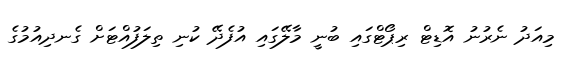
މިއަދު ނެރުނު އޮޑިޓް ރިޕޯޓްގައި ބުނީ މާލޭގައި އުފެދޭ ކުނި ތިލަފުއްޓަށް ގެނދިއުމުގެ